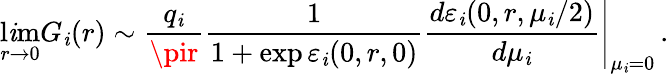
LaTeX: \operatorname*{l\mathit{i}m}_{r\rightarrow0}G_{\mathit{i}}(r)\sim\frac{{q_{\mathit{i}}}}{{\pir}}\frac{{1}}{{1+\exp\varepsilon_{\mathit{i}}(0,r,0)}}\left.\frac{{d\varepsilon_{\mathit{i}}(0,r,\mu_{\mathit{i}}/2)}}{{d\mu_{\mathit{i}}}}\right\vert_{\mu_{\mathit{i}}=0}\, .